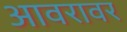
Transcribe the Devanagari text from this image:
आवरावर